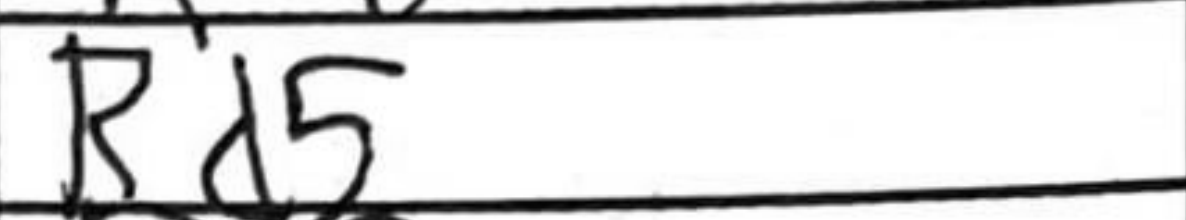
Transcription: Rd5